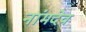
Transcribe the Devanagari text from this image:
नांमदेव